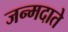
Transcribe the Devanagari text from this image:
जन्मदाते